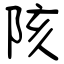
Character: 陔